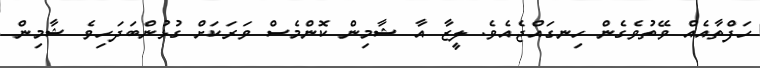
ހަފްތާއެއް ވޭތުވެގެން ހިނގައްޖެއެވެ. ލީޒާ އާ ޝާމިން ކޮންމެސް ވަރަކަށް ގުޅުންބަދަހިވެ ޝާމިން